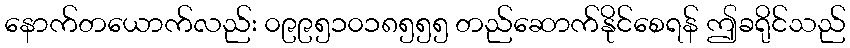
နောက်တယောက်လည်း ၀၉၉၅၁၀၁၈၅၅၅ တည်ဆောက်နိုင်စေရန် ဤခရိုင်သည်